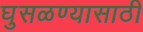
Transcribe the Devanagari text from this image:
घुसळण्यासाठी